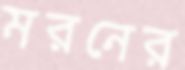
মরনের